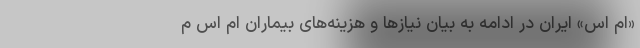
«ام اس» ایران در ادامه به بیان نیازها و هزینه‌های بیماران ام اس م